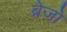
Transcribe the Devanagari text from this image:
ब्रेजों